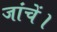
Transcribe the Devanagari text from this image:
जांचें।